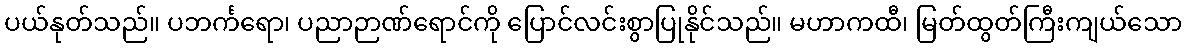
ပယ်နုတ်သည်။ ပဘင်္ကရော၊ ပညာဉာဏ်ရောင်ကို ပြောင်လင်းစွာပြုနိုင်သည်။ မဟာကထီ၊ မြတ်ထွတ်ကြီးကျယ်သော